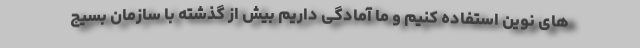
های نوین استفاده کنیم و ما آمادگی داریم بیش از گذشته با سازمان بسیج